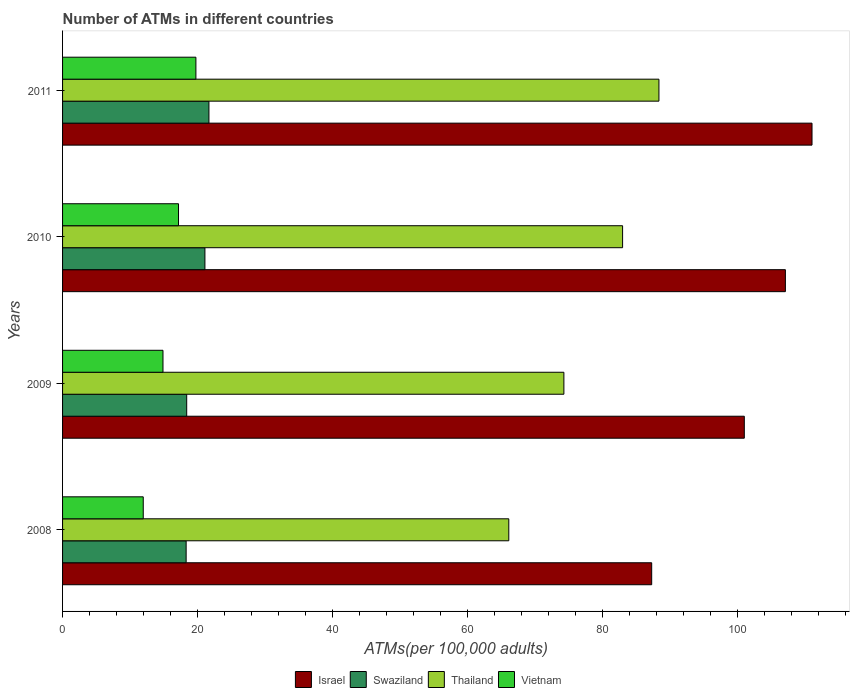
| Years | Israel | Swaziland | Thailand | Vietnam |
 | --- | --- | --- | --- | --- |
 | 2008 | 87.3 | 18.3 | 66.2 | 12 |
 | 2009 | 101 | 18.4 | 74.3 | 14.9 |
 | 2010 | 107 | 21.1 | 83 | 17.2 |
 | 2011 | 111 | 21.7 | 88.4 | 19.8 |